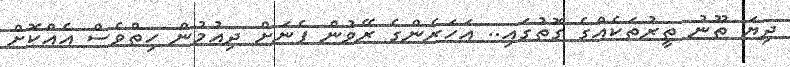
ދިޔަ ތޫނު ތީރުތަކެއްގެ ގޮތުގައި.. އަހަރެންގެ ރޭވުން ފެނަށް ދިއުމުން ހިތްވެސް އެއްކޮށް